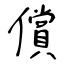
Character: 償